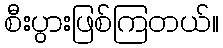
စီးပွားဖြစ်ကြတယ်။